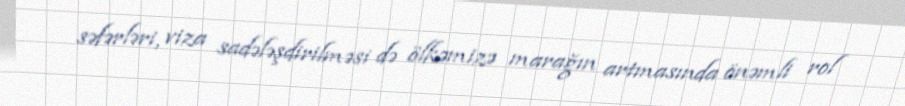
səfərləri, viza sadələşdirilməsi də ölkəmizə marağın artmasında önəmli rol